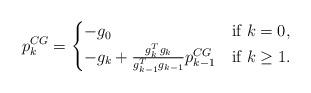
LaTeX: \begin{align*}p_k^{CG}=\begin{cases}-g_0 & \mbox{if } k=0, \\-g_k+\frac{g_k^Tg_k}{g_{k-1}^Tg_{k-1}}p_{k-1}^{CG} & \mbox{if } k\ge 1.\end{cases}\end{align*}